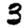
Digit: 3